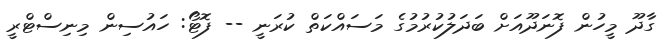
ގާދޫ މީހުން ފޮނަދޫއަށް ބަދަލުކުރުމުގެ މަސައްކަތް ކުރަނީ -- ފޮޓޯ: ހައުސިން މިނިސްޓްރީ